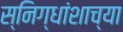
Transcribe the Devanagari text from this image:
स्निग्धांशाच्या